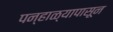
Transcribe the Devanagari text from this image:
पन्हाळ्यापासून